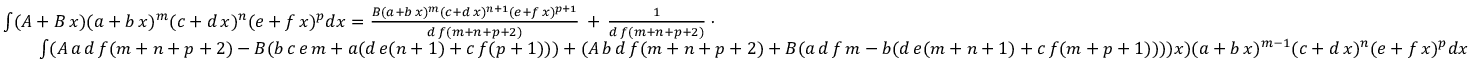
{ \begin{array} { r l } & { \int ( A + B \, x ) ( a + b \, x ) ^ { m } ( c + d \, x ) ^ { n } ( e + f \, x ) ^ { p } d x = { \frac { B ( a + b \, x ) ^ { m } ( c + d \, x ) ^ { n + 1 } ( e + f \, x ) ^ { p + 1 } } { d \, f ( m + n + p + 2 ) } } \, + \, { \frac { 1 } { d \, f ( m + n + p + 2 ) } } \, \cdot } \\ & { \qquad \int ( A \, a \, d \, f ( m + n + p + 2 ) - B ( b \, c \, e \, m + a ( d \, e ( n + 1 ) + c \, f ( p + 1 ) ) ) + ( A \, b \, d \, f ( m + n + p + 2 ) + B ( a \, d \, f \, m - b ( d \, e ( m + n + 1 ) + c \, f ( m + p + 1 ) ) ) ) x ) ( a + b \, x ) ^ { m - 1 } ( c + d \, x ) ^ { n } ( e + f \, x ) ^ { p } d x } \end{array} }